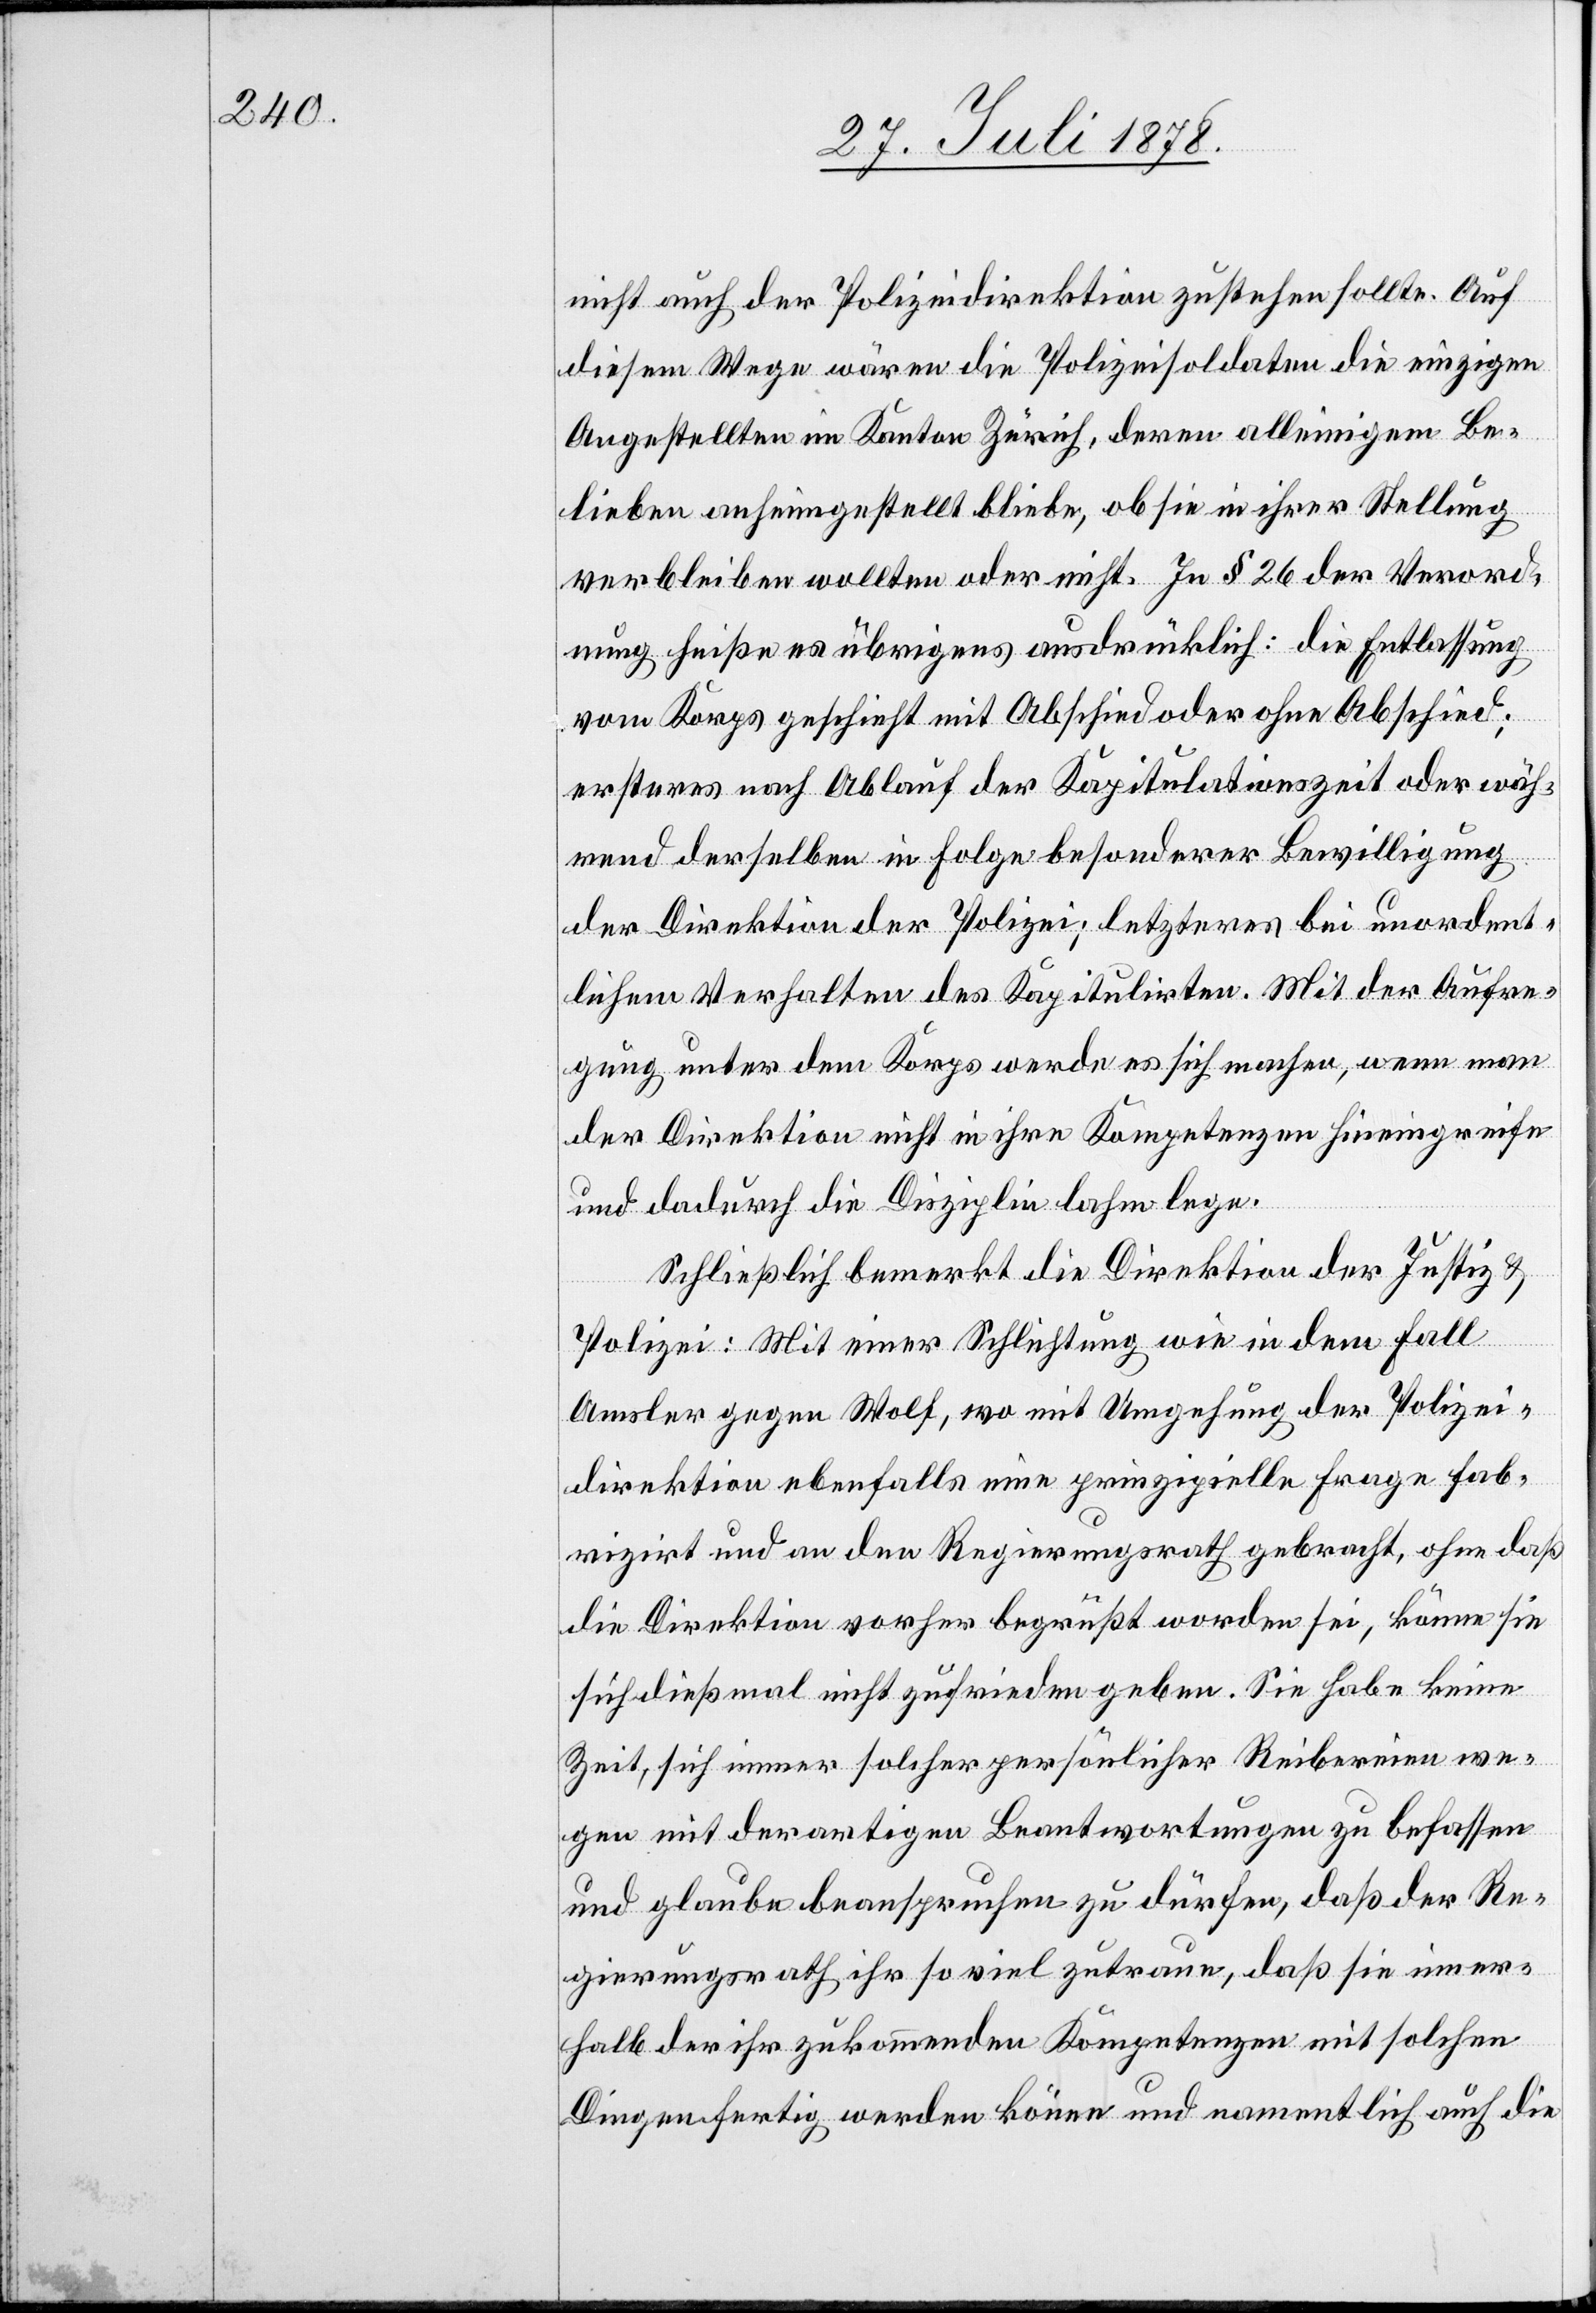
nicht auch der Polizeidirektion zustehen sollte. Auf
diesem Wege wären die Polizeisoldaten die einzigen
Angestellten im Kanton Zürich, deren alleinigem Be¬
lieben anhingestellt bliebe, ob sie in ihrer Stellung
verbleiben wollten oder nicht. In § 26 der Verord¬
nung heiße es übrigens ausdrücklich: die Entlassung
vom Korps geschieht mit Abschied oder ohne Abschied;
ersteres nach Ablauf der Kapitulationszeit oder wäh¬
rend derselben in Folge besonderer Bewilligung
der Direktion der Polizei; letzteres bei unordent¬
lichem Verhalten des Kapitulirten. Mit der Aufre¬
gung unter dem Korps werde es sich machen, wenn man
der Direktion nicht in ihre Kompetenzen hineingreife
und dadurch die Disziplin lahm lege.
Schließlich bemerkt die Direktion der Justiz &
Polizei: Mit einer Schlichtung wie in dem Fall
Amsler gegen Wolf, wo mit Umgehung der Polizei¬
direktion ebenfalls eine prinzipielle Frage fab¬
rizirt und an den Regierungsrath gebracht, ohne daß
die Direktion vorher begrüßt worden sei, könne sie
sich dießmal nicht zufrieden geben. Sie habe keine
Zeit, sich immer solcher persönlicher Reibereien we¬
gen mit derartigen Beantwortungen zu befassen
und glaube beanspruchen zu dürfen, daß der Re¬
gierungsrath ihr so viel zutraue, daß sie inner¬
halb der ihr zukommenden Kompetenzen mit solchen
Dingen fertig werden könne und namentlich auch die